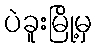
ပဲခူးမြို့မှ